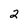
Character: 2